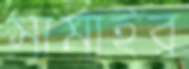
সামাইর